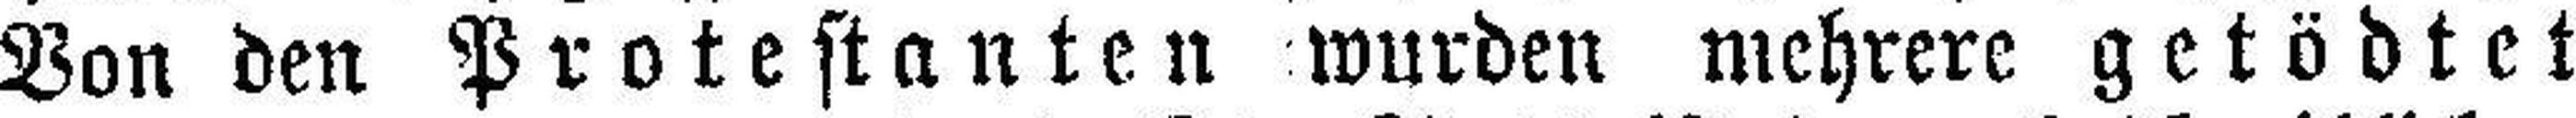
Von den Protestanten wurden mehrere getödtet